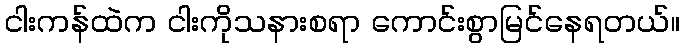
ငါးကန်ထဲက ငါးကိုသနားစရာ ကောင်းစွာမြင်နေရတယ်။